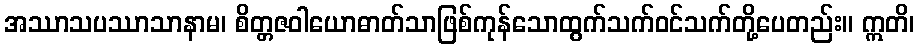
အဿာသပဿာသာနာမ၊ စိတ္တဇဝါယောဓာတ်သာဖြစ်ကုန်သောထွက်သက်ဝင်သက်တို့ပေတည်း။ ဣတိ၊